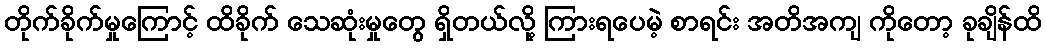
တိုက်ခိုက်မှုကြောင့် ထိခိုက် သေဆုံးမှုတွေ ရှိတယ်လို့ ကြားရပေမဲ့ စာရင်း အတိအကျ ကိုတော့ ခုချိန်ထိ